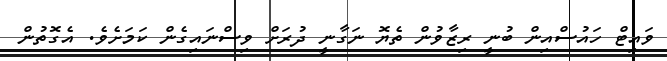
ވައިޓް ހައުސްއިން ބުނީ ރިޒާވުން ތެޔޮ ނަގާނީ ދުރަށް ވިސްނައިގެން ކަމަށެވެ. އެގޮތުން